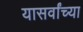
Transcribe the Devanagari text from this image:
यासर्वांच्या